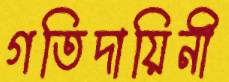
গতিদায়িনী